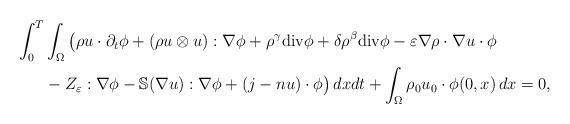
LaTeX: \begin{align*}\int^{T}_{0}&\int_{\Omega}\big(\rho u\cdot\partial_t\phi+(\rho u\otimes u):\nabla\phi+\rho^\gamma{\rm{div}}\phi+\delta\rho^\beta{\rm{div}}\phi-\varepsilon\nabla\rho\cdot\nabla u\cdot\phi\\&-Z_\varepsilon:\nabla\phi-\mathbb{S}(\nabla u):\nabla\phi+(j-nu)\cdot\phi\big)\,dxdt+\int_{\Omega}\rho_0u_0\cdot \phi(0,x)\,dx=0,\end{align*}